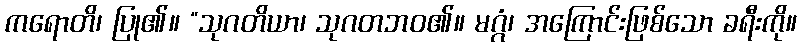
ကရောတိ၊ ပြု၏။ “သုဂတိယာ၊ သုဂတဘဝ၏။ မဂ္ဂံ၊ အကြောင်းဖြစ်သော ခရီးကို။